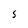
Character: s